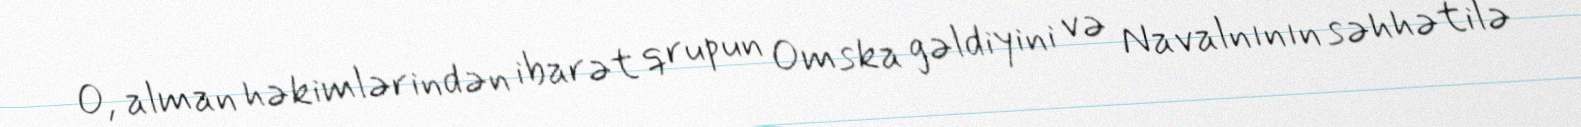
O, alman həkimlərindən ibarət qrupun Omska gəldiyini və Navalnının səhhətilə